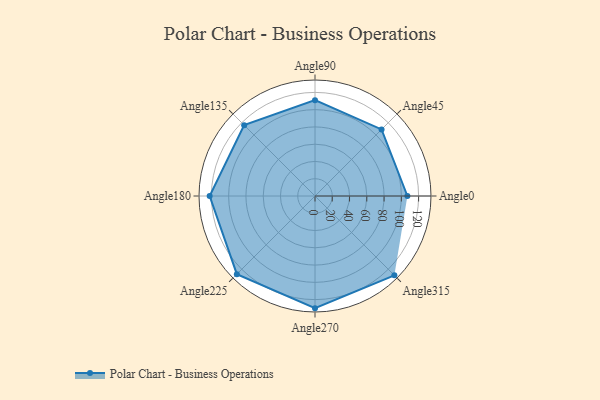
{"axis": {"x": "Angle", "y": "Radius"}, "legend": [""], "data": [{"x": "Angle0", "y": 107.0, "type": ""}, {"x": "Angle45", "y": 109.0, "type": ""}, {"x": "Angle90", "y": 111.0, "type": ""}, {"x": "Angle135", "y": 116.0, "type": ""}, {"x": "Angle180", "y": 122.0, "type": ""}, {"x": "Angle225", "y": 128.0, "type": ""}, {"x": "Angle270", "y": 130.0, "type": ""}, {"x": "Angle315", "y": 130.0, "type": ""}]}